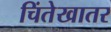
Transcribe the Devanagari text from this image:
चिंतेखातर